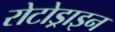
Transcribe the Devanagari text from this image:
रोटोड्राइन